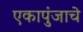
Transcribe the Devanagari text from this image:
एकापुंजाचे